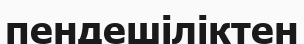
пендешіліктен